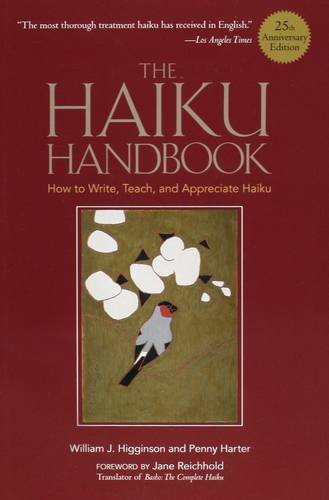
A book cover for The Haiku Handbook -25th Anniversary Edition: How to Write, Teach, and Appreciate Haiku; William J. Higginson; Literature & Fiction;